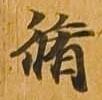
脩